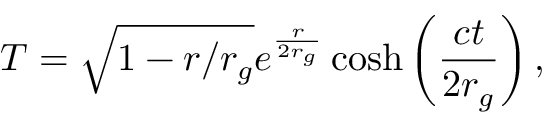
T = \sqrt { 1 - r / r _ { g } } e ^ { \frac { r } { 2 r _ { g } } } \cosh \left( \frac { c t } { 2 r _ { g } } \right) ,